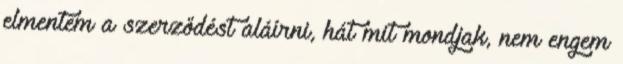
elmentem a szerződést aláírni, hát mit mondjak, nem engem